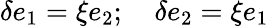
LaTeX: \delta e_{1}=\xi e_{2};\quad\delta e_{2}=\xi e_{1}